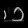
Digit: ၁